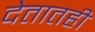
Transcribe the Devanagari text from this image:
देतातही